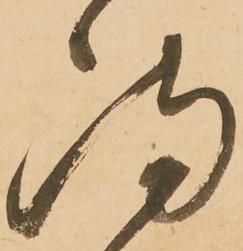
満